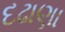
દઢાણા